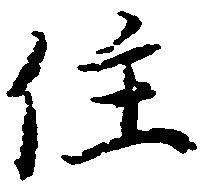
住